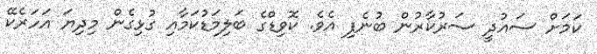
ކަމަށް ސައުދީ ސަރުކާރުން ބުނެފި އެވެ. ކޮވިޑްގެ ބަލިމަޑުކަމާއި ގުޅިގެން މިދިޔަ އަހަރެކޭ